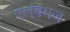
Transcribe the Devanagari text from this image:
एल्बमज